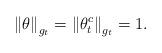
LaTeX: \begin{align*}\left\Vert \theta \right\Vert _{g_t}=\left\Vert \theta _{t}^{c}\right\Vert_{g_t}=1. \end{align*}